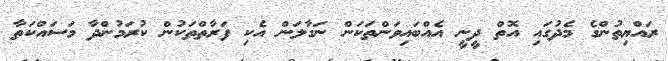
ރައްޔިތުންގެ މެދުގައި އޮތް ދީނީ އެއްބައިވަންތަކަން ނަގާލަން އެކި ފަރާތްތަކުން ކުރަމުންދާ މަސައްކަތާ